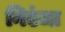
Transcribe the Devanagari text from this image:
निएंजा